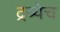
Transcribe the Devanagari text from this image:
द्रव्येच